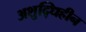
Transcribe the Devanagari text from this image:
अशुद्धिहीन